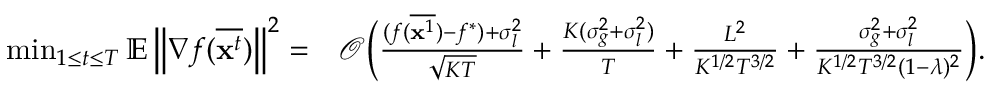
\begin{array} { r l } { \operatorname* { m i n } _ { 1 \le t \le T } \mathbb { E } \left\| \nabla f ( \overline { { \mathbf { x } ^ { t } } } ) \right\| ^ { 2 } = } & { \mathcal { O } \Big ( \frac { ( f ( \overline { { { \bf x } ^ { 1 } } } ) - f ^ { * } ) + \sigma _ { l } ^ { 2 } } { \sqrt { K T } } + \frac { K ( \sigma _ { g } ^ { 2 } + \sigma _ { l } ^ { 2 } ) } { T } + \frac { L ^ { 2 } } { K ^ { 1 / 2 } T ^ { 3 / 2 } } + \frac { \sigma _ { g } ^ { 2 } + \sigma _ { l } ^ { 2 } } { K ^ { 1 / 2 } T ^ { 3 / 2 } ( 1 - \lambda ) ^ { 2 } } \Big ) . } \end{array}